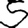
Digit: 5